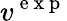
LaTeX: v^{\mathrm{~e~x~p~}}